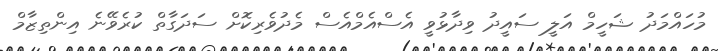
މުހައްމަދު ޝަހީމް އަލީ ސައީދު ވިދާޅުވީ އެސްއެމްއެސް މެދުވެރިކޮށް ސަދަގާތް ކުރެވޭނެ އިންތިޒާމް